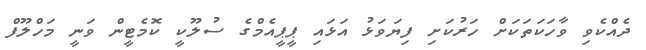
ދެއްކެވި ވާހަކަތަކަށް ހަރުކަށި ފިޔަވަޅު އަޅައި ޕީޕީއެމްގެ ސުލޫކީ ކޮމެޓީން ވަނީ މަހްލޫފް